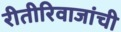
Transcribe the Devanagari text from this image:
रीतीरिवाजांची